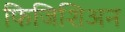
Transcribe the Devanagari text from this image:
फिजिशिअन